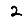
Digit: 2